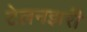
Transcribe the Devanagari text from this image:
टेलनझरी